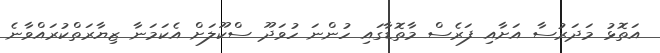
އަތޮޅު މަދަރުސާ އަށާއި ފަރެސް މާތޮޑާގައި ހުންނަ ހުވަދޫ ސްކޫލަށް އެކަމަނާ ޒިޔާރަތްކުރައްވާނެ